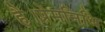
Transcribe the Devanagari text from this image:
है।प्रेमनिधि